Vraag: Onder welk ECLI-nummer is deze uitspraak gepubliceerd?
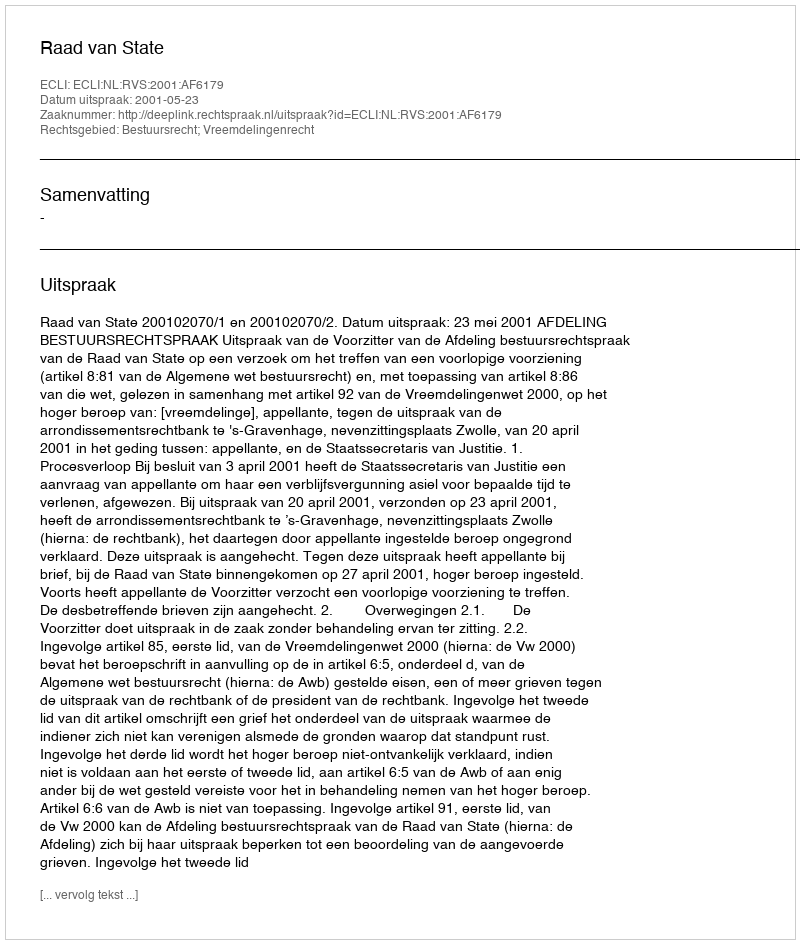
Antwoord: ECLI:NL:RVS:2001:AF6179